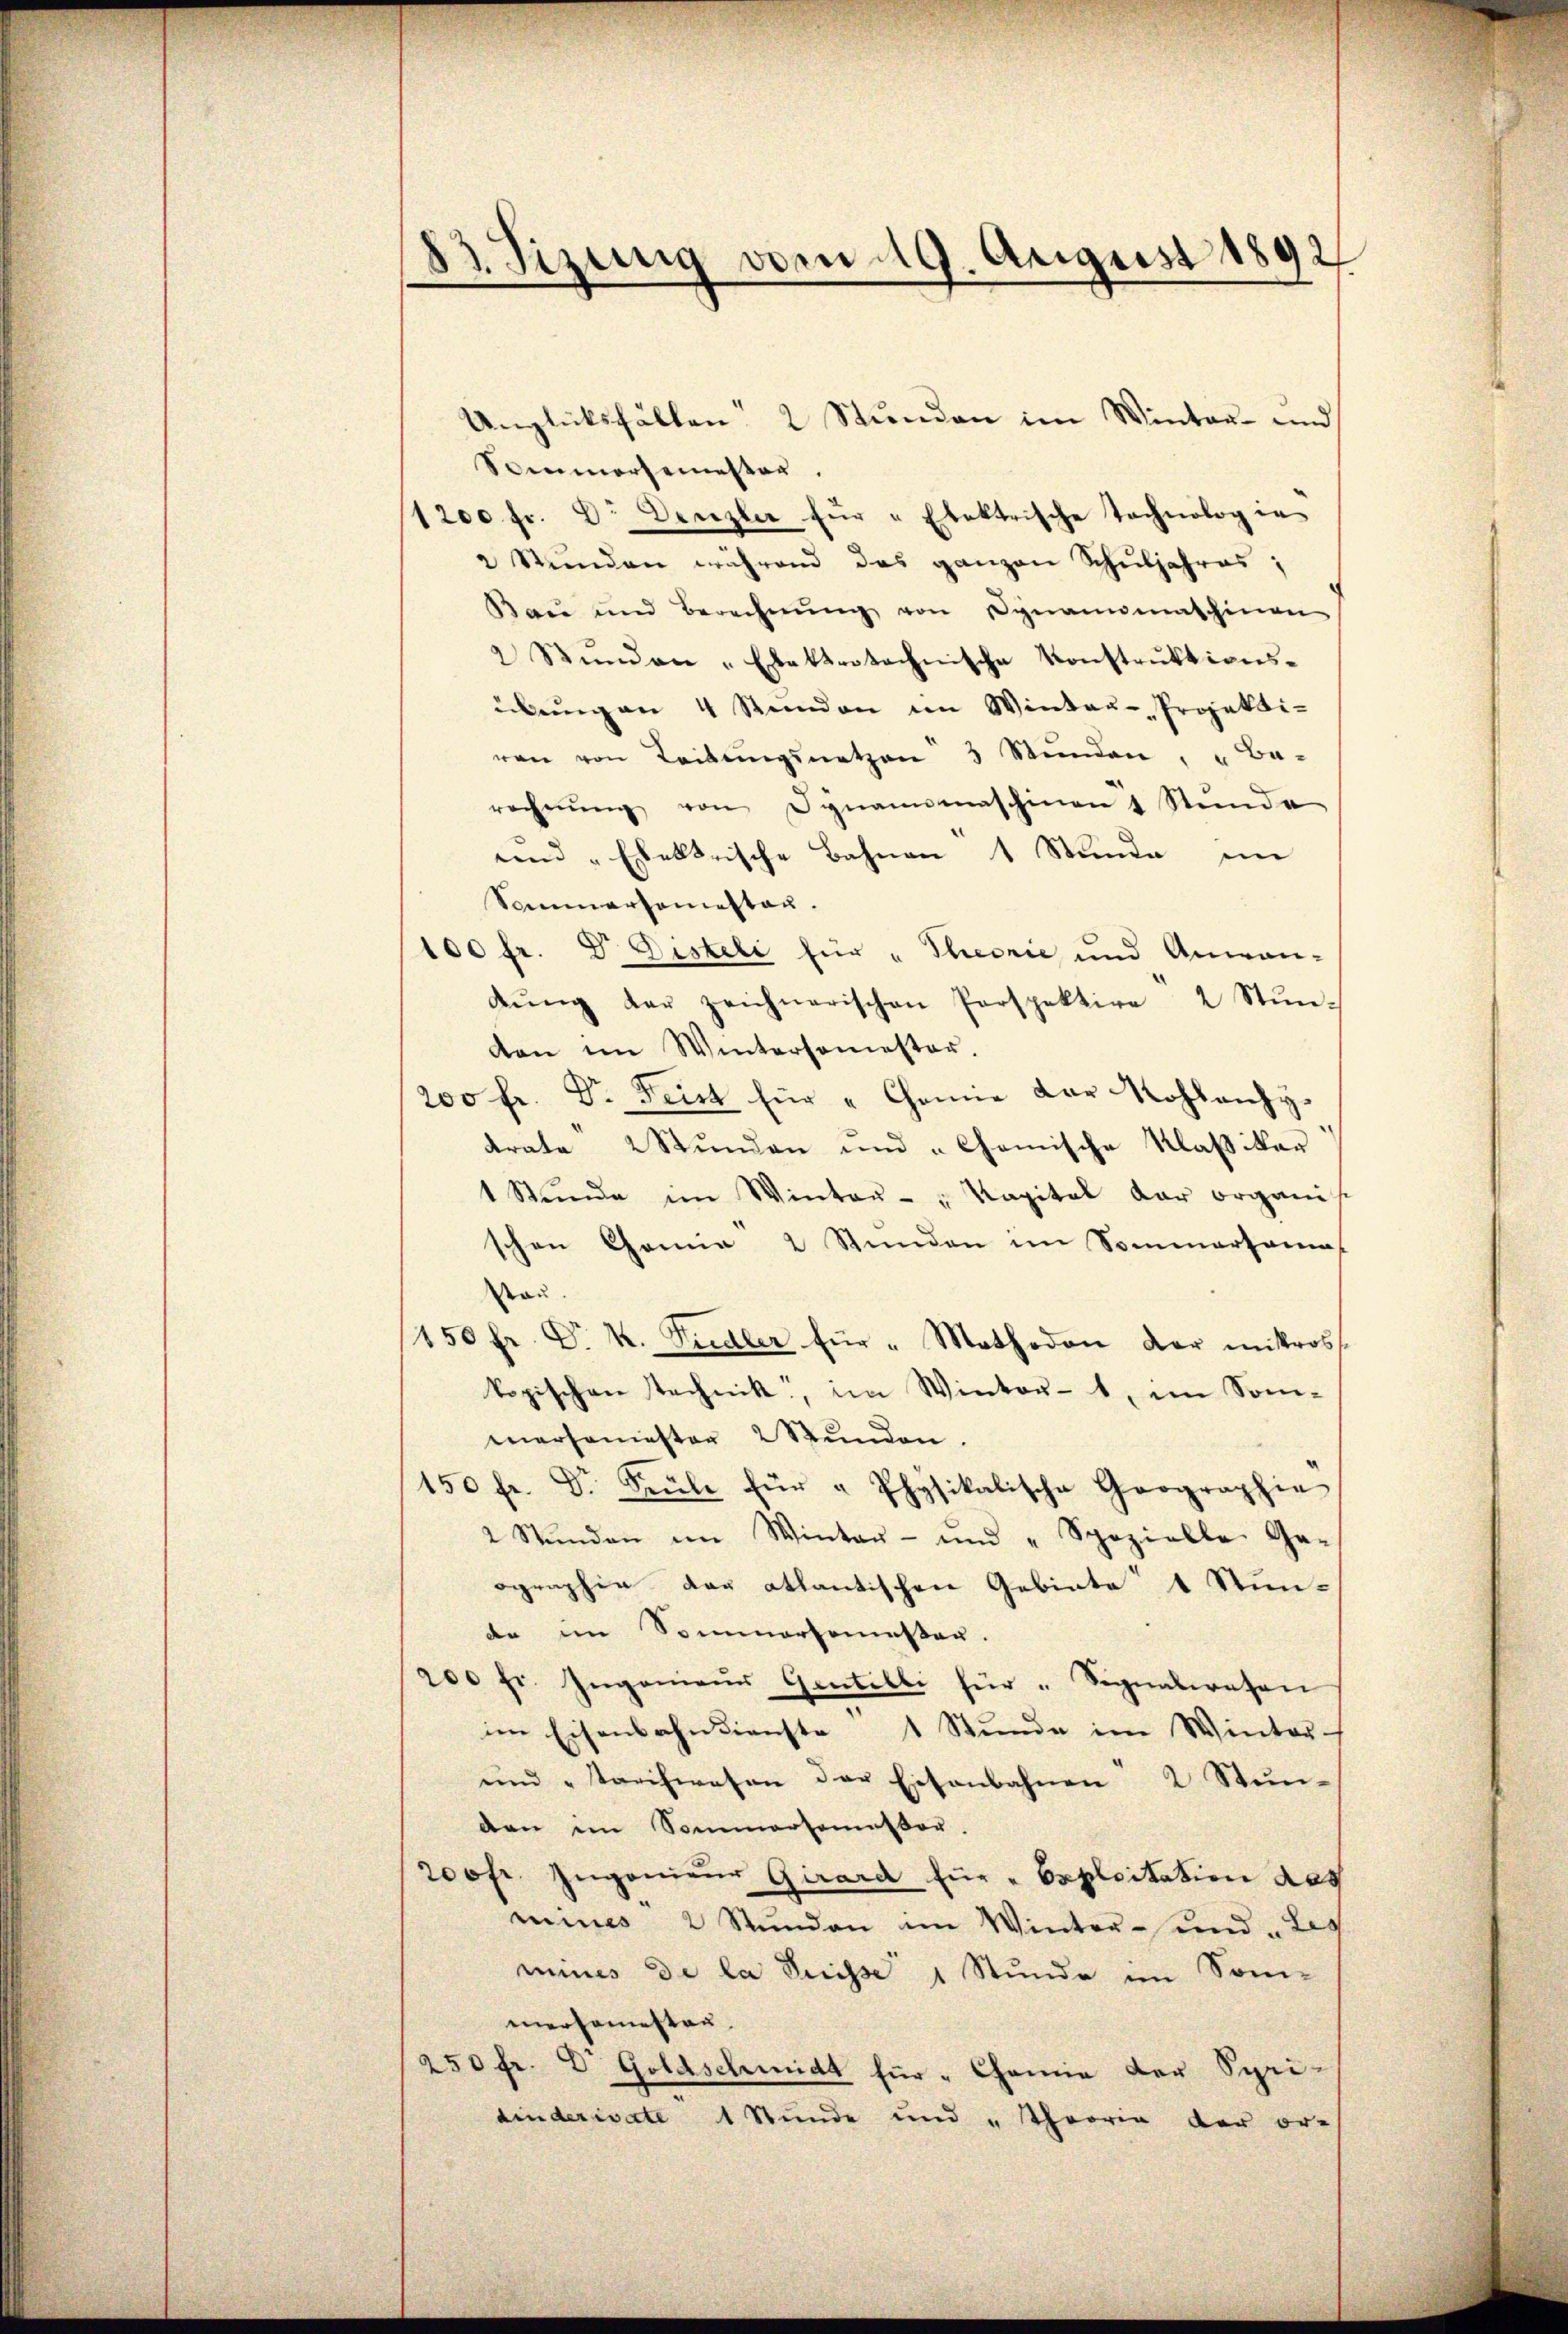
83. Sizung vom 19. August 1892
e
¬

Unglücksfällen 2 Stunden im Winter- und
Sommersemester.
1200 fr. Dr. Denzler für " Elektrische Tochnolog in
2 Stŭnden während das ganzen Schuljahres,
Bau und Berechnŭng von Dynamimaschinen
2 Stŭnden Elektrotechnische Konstrŭktionsübŭng an 4 Stunden im Winter-Projekti-
ren von Leitŭngsnetzen 3 Stunden, " Ba-
rechnŭng von Dynammaschinen 1 Stŭnde
und „Ebektrische Bahnen 1 Stunde im
Sommersemesten.
100 fr. Dr. Disteli für „Theorie und Anwan-
dŭng der zeichnerischen Perspektire 2 Stŭn-
den im Wintersemester.
200 fr. Dr. Frist für " Chemie dar Rohlanzy
trate 2 Stunden und "Chemische Klaßiker
1 Stŭnde im Winter- " Kapital der organis
schen Canne 2 Stunden im Sommartama
rau.
150 fr. C. k. Pudler für " Methodon der mittross
kopischen technik, im Winter- 1, im Som-
mersemester 2 Stunden.
150 fr. Dr Spule für " Physikalische Geographie
2 Stŭnden im Winter- und "Spozielle Ge-
ographie der atlantischen Gebiete 1 Stun-
de im Sommersemester.
200 fr. Ingenieŭr Gentilli für " Signalwesen
im Eisenbahndienste 1 Stunde im Winter-
und „tarchwesen der Eisenbahnen 2 Stun-
den im Sommersemestor.
200fr. Ingenieur Girard für " Exploitation des
mines 2 Stŭnden im Winter- und „Les
mines de la Suisse 1 Stunde im Som-
mersamstan
250 fr. E. Goldschmidt für " Chemie der Spri¬
Linderivate 1 Stunde und „Theoria der or-